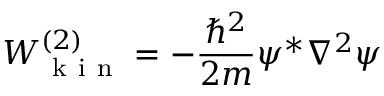
W _ { \mathrm { ~ k ~ i ~ n ~ } } ^ { ( 2 ) } = - \frac { \hbar ^ { 2 } } { 2 m } \psi ^ { * } \nabla ^ { 2 } \psi